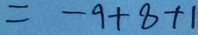
= - 9 + 8 + 1